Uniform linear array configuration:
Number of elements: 12
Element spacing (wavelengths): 0.75
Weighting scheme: exponential
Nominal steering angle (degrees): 0
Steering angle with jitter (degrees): -0.3069
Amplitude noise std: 0.05
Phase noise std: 0.05

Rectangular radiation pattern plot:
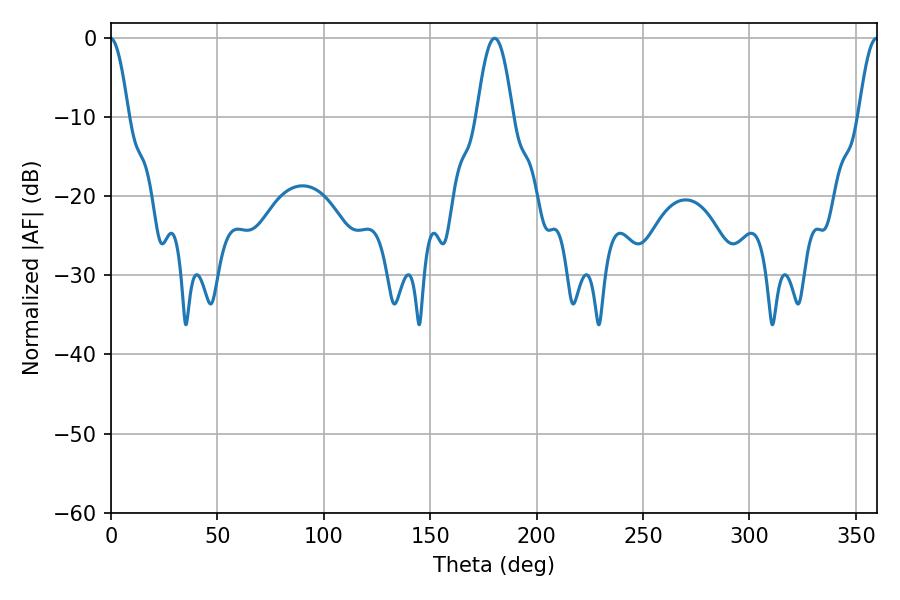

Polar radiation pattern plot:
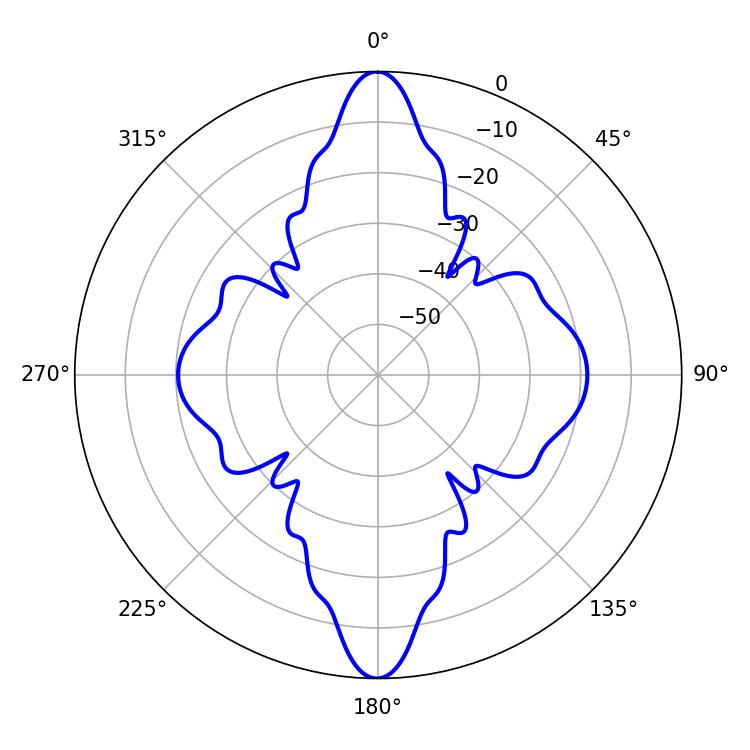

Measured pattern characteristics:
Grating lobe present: TRUE
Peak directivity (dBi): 33.09
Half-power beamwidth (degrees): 9.18
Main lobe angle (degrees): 180.18